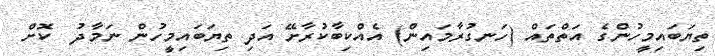
ތިޔަބައިމީހުންގެ އަތްތައް (ހަނގުރާމައިން) އެއްކިބާކުރާށޭ އަދި ތިޔަބައިމީހުން ނަމާދު  ކޮށް